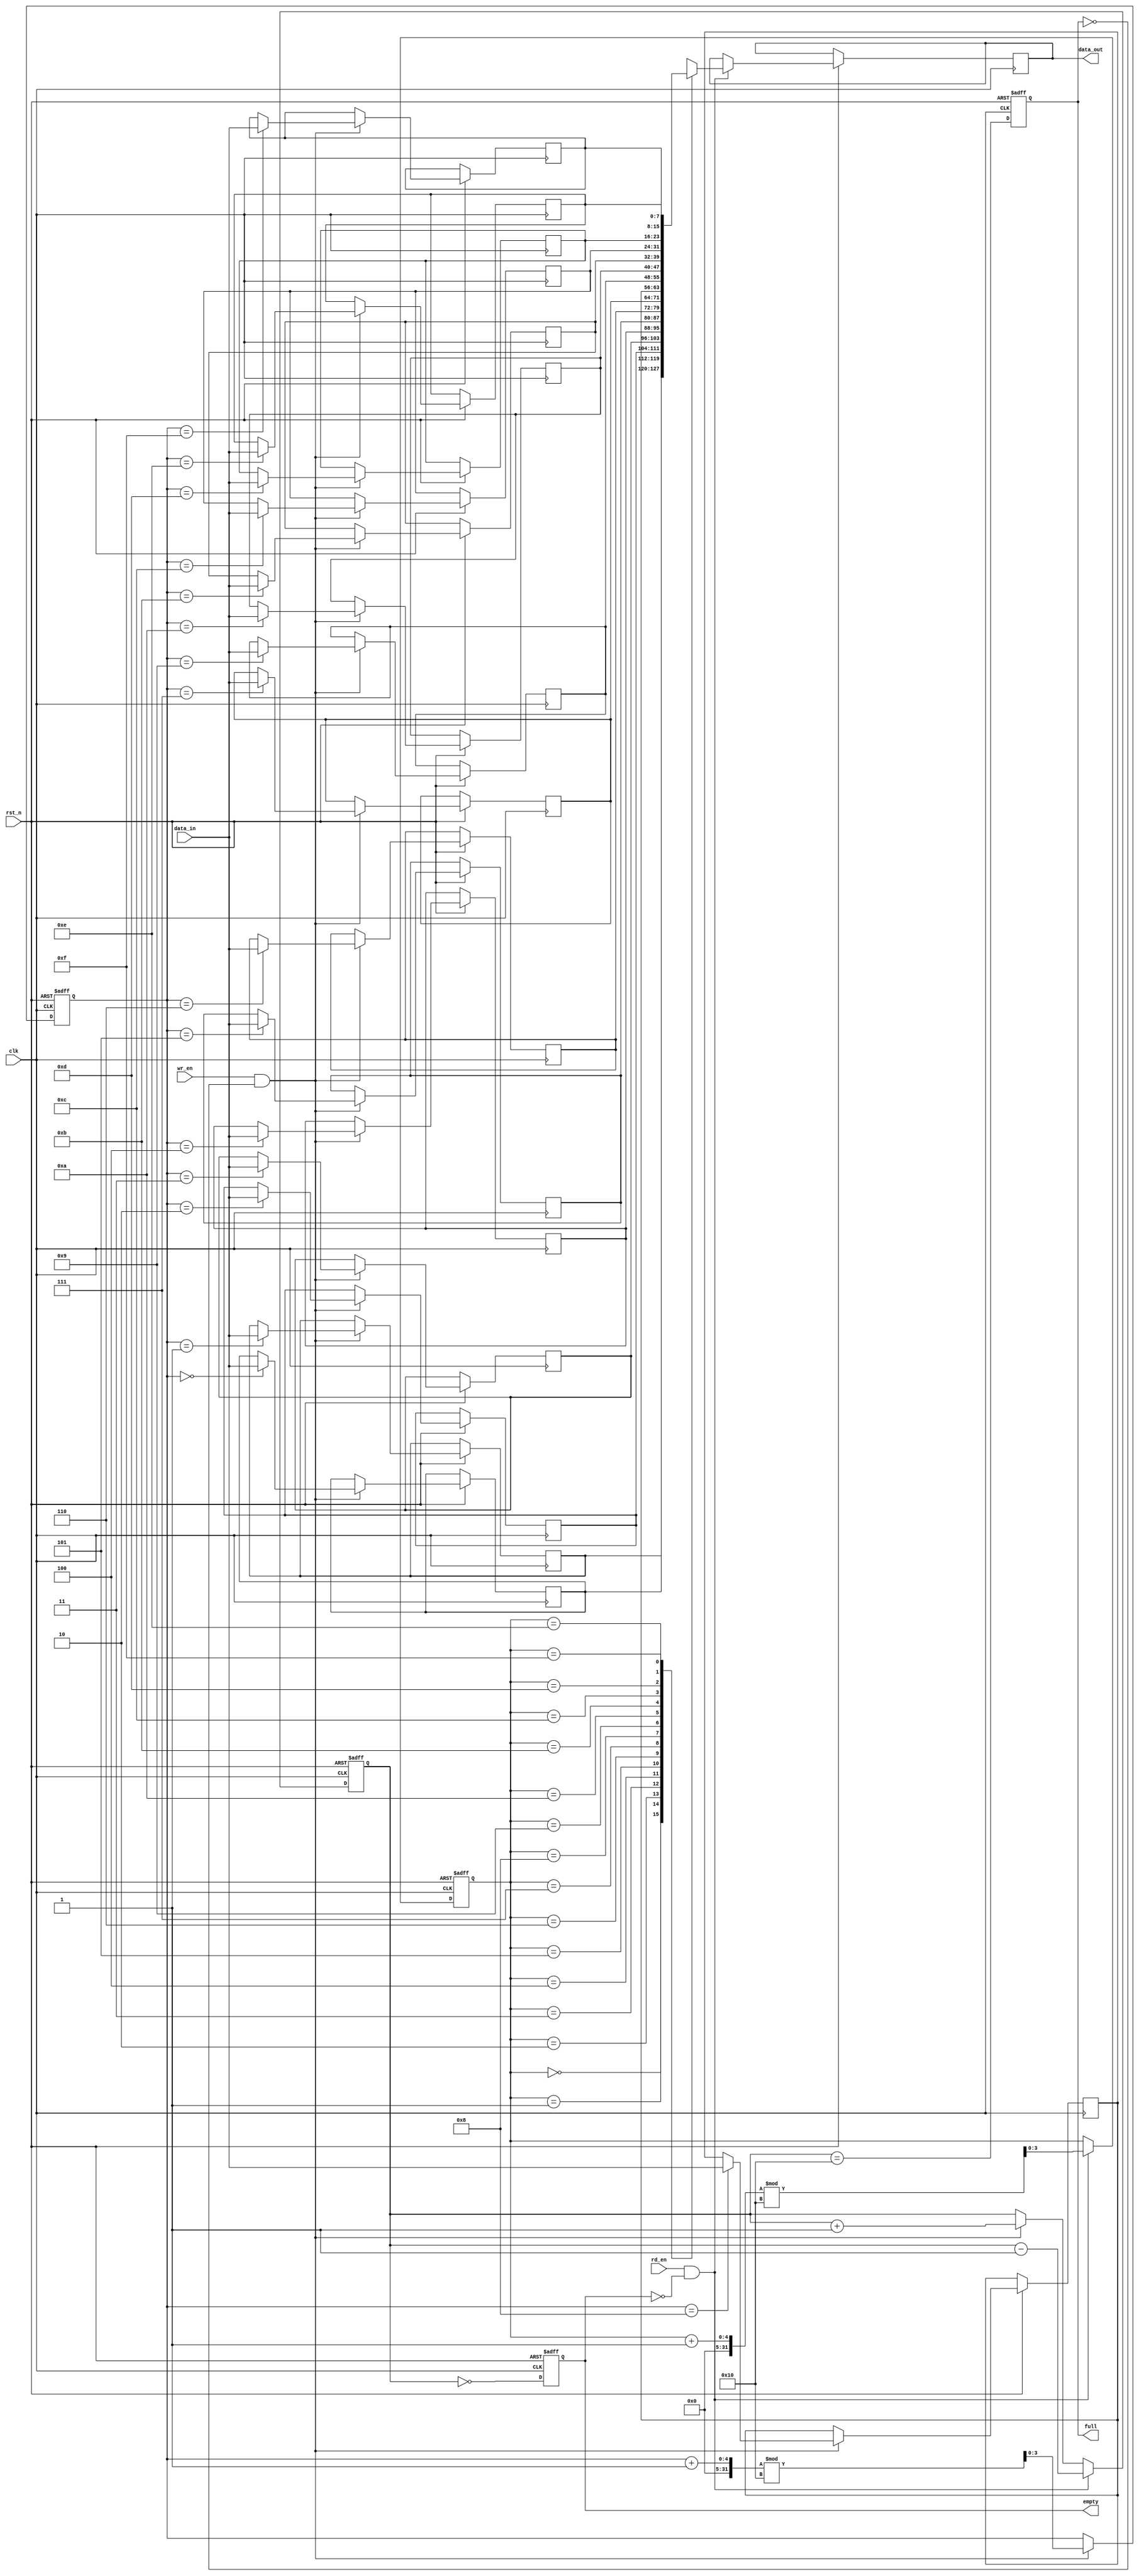
module parameterized_fifo #(
    parameter DATA_WIDTH = 8,      // Width of each data entry in bits
    parameter FIFO_DEPTH = 16       // Total number of entries (must be a power of 2)
) (
    input wire clk,                 // Clock signal
    input wire rst_n,               // Active low reset signal
    input wire wr_en,               // Write enable signal
    input wire rd_en,               // Read enable signal
    input wire [DATA_WIDTH-1:0] data_in, // Data input
    output reg [DATA_WIDTH-1:0] data_out, // Data output
    output reg full,                // Full flag
    output reg empty                // Empty flag
);

    // Internal memory array
    reg [DATA_WIDTH-1:0] fifo_mem [0:FIFO_DEPTH-1];
    reg [$clog2(FIFO_DEPTH)-1:0] wr_ptr; // Write pointer
    reg [$clog2(FIFO_DEPTH)-1:0] rd_ptr; // Read pointer
    reg [$clog2(FIFO_DEPTH):0] count; // Number of items in the FIFO

    // Asynchronous reset and pointer management
    always @(posedge clk or negedge rst_n) begin
        if (!rst_n) begin
            wr_ptr <= 0;
            rd_ptr <= 0;
            count <= 0;
            full <= 0;
            empty <= 1;
        end else begin
            // Write operation
            if (wr_en && !full) begin
                fifo_mem[wr_ptr] <= data_in;
                wr_ptr <= (wr_ptr + 1) % FIFO_DEPTH;
                count <= count + 1;
            end

            // Read operation
            if (rd_en && !empty) begin
                data_out <= fifo_mem[rd_ptr];
                rd_ptr <= (rd_ptr + 1) % FIFO_DEPTH;
                count <= count - 1;
            end

            // Update full and empty flags
            full <= (count == FIFO_DEPTH);
            empty <= (count == 0);
        end
    end

endmodule